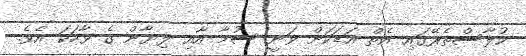
ކުލާސްތެރޭގައި އެތް އަޑަކަށް ވަނީ ސުމާ އާއި ލިޔާން ގެ ވާހަކަ އެވެ.